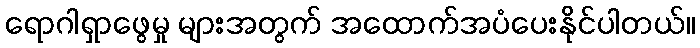
ရောဂါရှာဖွေမှု များအတွက် အထောက်အပံပေးနိုင်ပါတယ်။